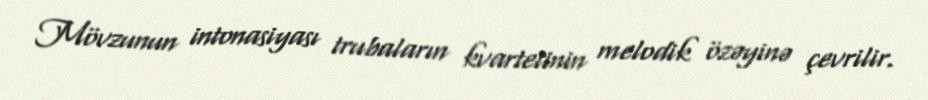
Mövzunun intonasiyası trubaların kvartetinin melodik özəyinə çevrilir.